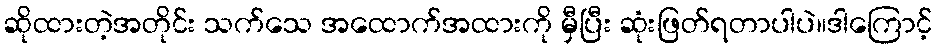
ဆိုထားတဲ့အတိုင်း သက်သေ အထောက်အထားကို မှီပြီး ဆုံးဖြတ်ရတာပါပဲ။ဒါကြောင့်